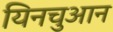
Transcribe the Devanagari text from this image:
यिनचुआन